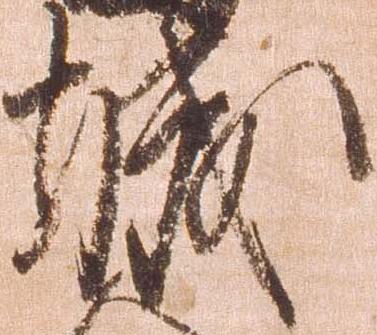
城